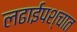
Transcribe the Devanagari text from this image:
लढाईपश्चात